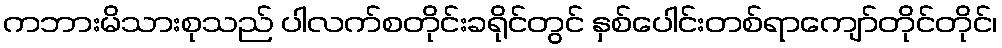
ကဘားမိသားစုသည် ပါလက်စတိုင်းခရိုင်တွင် နှစ်ပေါင်းတစ်ရာကျော်တိုင်တိုင်၊